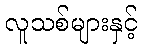
လူသစ်များနှင့်